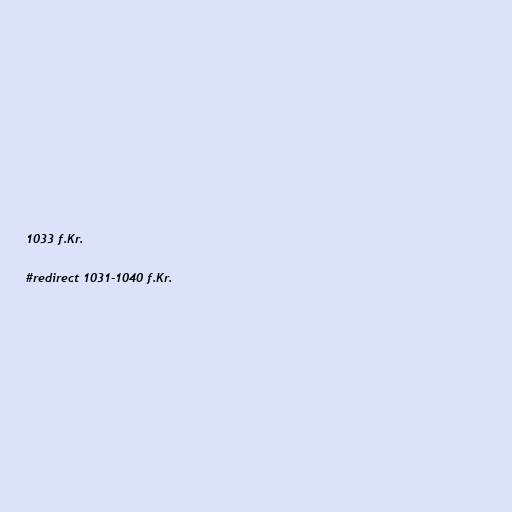
1033 f.Kr.

#redirect 1031-1040 f.Kr.